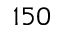
1 5 0